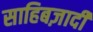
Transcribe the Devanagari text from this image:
साहिबज़ादी